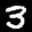
Label: 3